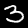
Label: 3